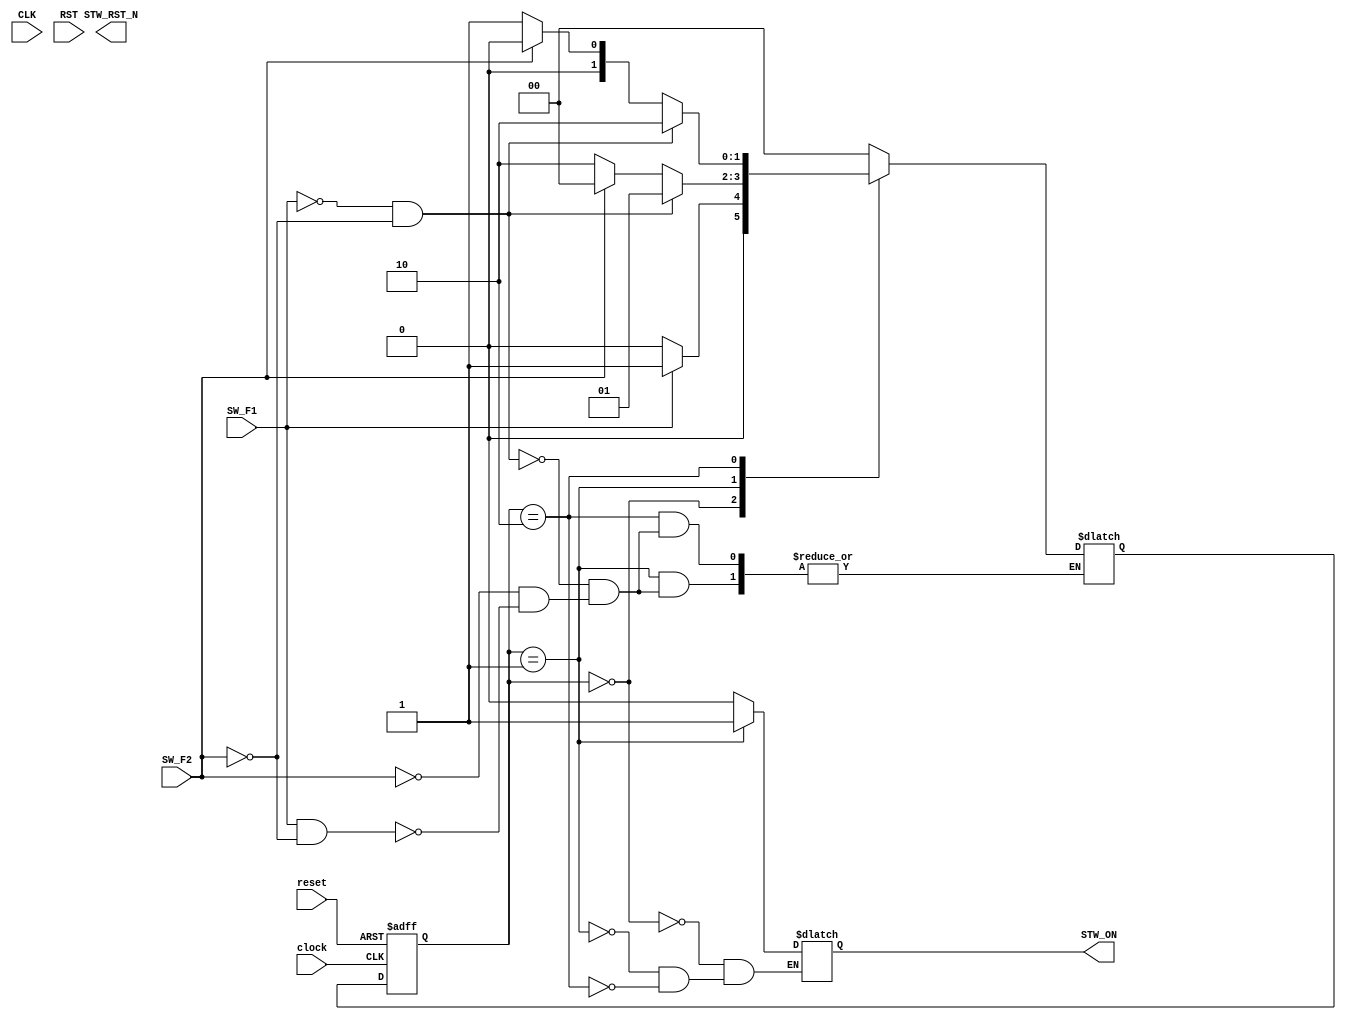
module StwControl(reset, clock, SW_F1, SW_F2, STW_ON, STW_RST_N, CLK, RST);
  input reset;
  input clock;
  input SW_F1;
  input SW_F2;
  output STW_ON;
  output STW_RST_N;
  input CLK;
  input RST;

  reg STW_ON;
  reg STW_RST_N;

  parameter [1:0] IDLE = 0, RUN = 1, HOLD = 2;
  reg [1:0] current_state, next_state;

  always @(posedge clock or posedge reset)
  begin: SYNCH
    if (reset == 1'b1)
       current_state <= IDLE;
    else
       current_state <= next_state;
  end

  always @(current_state or SW_F1 or SW_F2 or CLK or RST)
  begin: COMBIN
     case (current_state)
        IDLE:
        begin
          if (!(SW_F1))
             begin
             next_state <= IDLE;
             end
          else if (SW_F1)
             begin
             next_state <= RUN;
             end
          else
             begin
             next_state <= IDLE;
             end
          STW_ON <= 1'b0;

        end

        RUN:
        begin
          if (!(SW_F1) && !(SW_F2))
             begin
             next_state <= RUN;
             end
          else if (SW_F2)
             begin
             next_state <= IDLE;
             end
          else if (SW_F1 && !(SW_F2))
             begin
             next_state <= HOLD;
             end
          STW_ON <= 1'b1;

        end

        HOLD:
        begin
          if (!(SW_F1) && !(SW_F2))
             begin
             next_state <= HOLD;
             end
          else if (SW_F2)
             begin
             next_state <= IDLE;
             end
          else if (SW_F1 && !(SW_F2))
             begin
             next_state <= RUN;
             end
          STW_ON <= 1'b0;

        end


        default:
          next_state <= IDLE;
     endcase
  end

endmodule